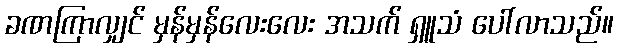
ခဏကြာလျှင် မှန်မှန်လေးလေး အသက် ရှူသံ ပေါ်လာသည်။